Vaccination report Assam 1896-1927 - 1896-1927
Year: 1896
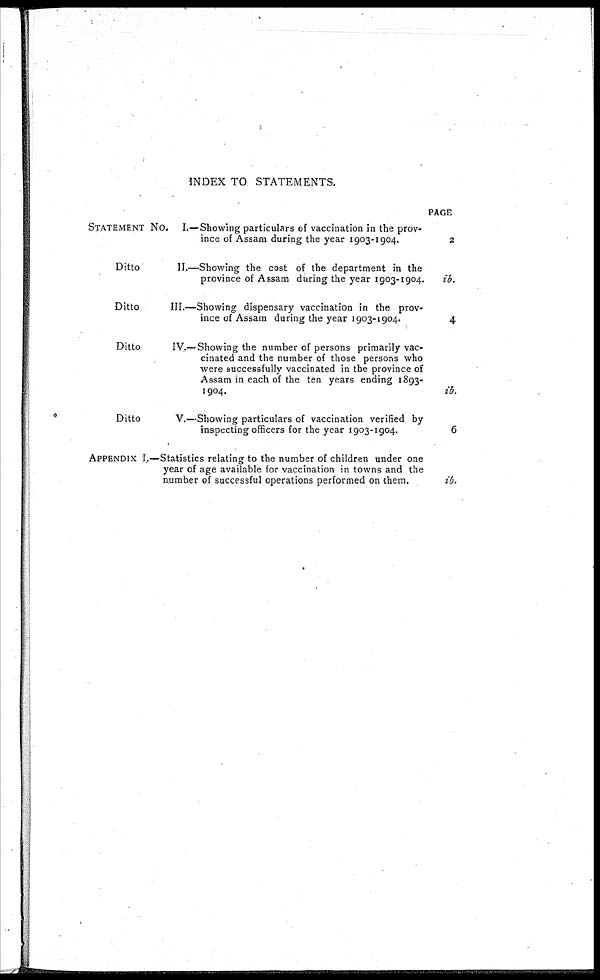
INDEX TO STATEMENTS.
STATEMENT No. I.—Showing particulars of vaccination in the prov-
ince of Assam during the year 1903-1904.
Ditto
II.—Showing the cost of the department in the
province of Assam during the year 1903-1904.
Ditto
III.—Showing dispensary vaccination in the prov-
ince of Assam during the year 1903-1904.
Ditto
IV.—Showing the number of persons primarily vac-
cinated and the number of those persons who
were successfully vaccinated in the province of
Assam in each of the ten years ending 1893-
1904.
Ditto
V.—Showing particulars of vaccination verified by
inspecting officers for the year 1903-1904.
APPENDIX I.—Statistics relating to the number of children under one
year of age available for vaccination in towns and the
number of successful operations performed on them.
PAGE
2
ib.
4
ib.
6
ib.